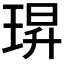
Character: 𮴢